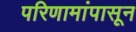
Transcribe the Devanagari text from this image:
परिणामांपासून